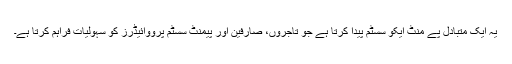
یہ ایک متبادل پے منٹ ایکو سسٹم پیدا کرتا ہے جو تاجروں، صارفین اور پیمنٹ سسٹم پرووائیڈرز کو سہولیات فراہم کرتا ہے۔